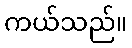
ကယ်သည်။